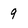
Character: 9